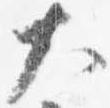
大